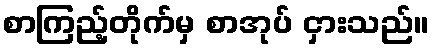
စာကြည့်တိုက်မှ စာအုပ် ငှားသည်။